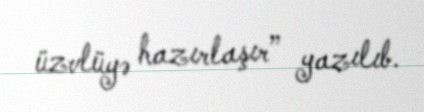
üzvlüyə hazırlaşır” yazılıb.